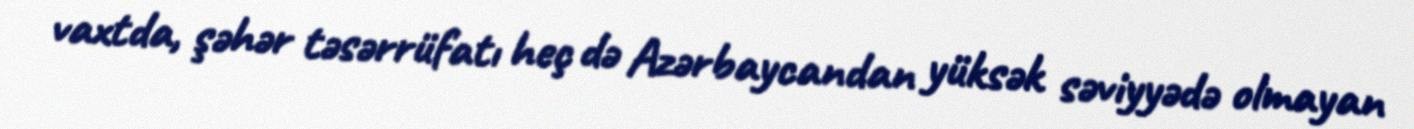
vaxtda, şəhər təsərrüfatı heç də Azərbaycandan yüksək səviyyədə olmayan